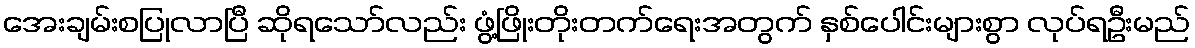
အေးချမ်းစပြုလာပြီ ဆိုရသော်လည်း ဖွံ့ဖြိုးတိုးတက်ရေးအတွက် နှစ်ပေါင်းများစွာ လုပ်ရဦးမည်